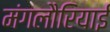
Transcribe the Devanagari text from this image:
मंगलौरियाई